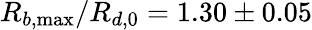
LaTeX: R_{b,\operatorname*{max}}/R_{d,0}=1.30\pm 0.05